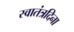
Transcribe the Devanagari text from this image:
स्वातंत्रदिना